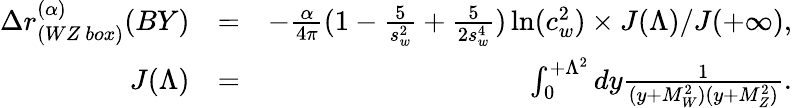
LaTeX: \begin{array}{rlr}{\Delta r_{(WZ\ box)}^{(\alpha)}(BY)}&{=}&{-\frac{\alpha}{4\pi}(1-\frac{5}{s_{w}^{2}}+\frac{5}{2s_{w}^{4}})\ln(c_{w}^{2})\times J(\Lambda)/J(+\infty),}\\ {J(\Lambda)}&{=}&{\int_{0}^{+\Lambda^{2}}dy\frac{1}{(y+M_{W}^{2})(y+M_{Z}^{2})}.}\end{array}